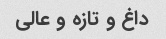
داغ و تازه و عالی